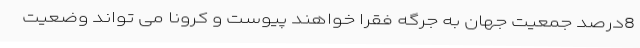
8درصد جمعیت جهان به جرگه فقرا خواهند پیوست و کرونا می تواند وضعیت